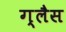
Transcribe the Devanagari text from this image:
ग्लैस